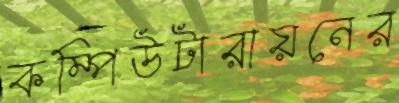
কম্পিউটারায়নের